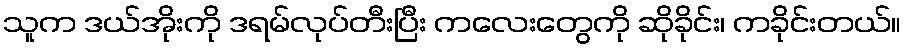
သူက ဒယ်အိုးကို ဒရမ်လုပ်တီးပြီး ကလေးတွေကို ဆိုခိုင်း၊ ကခိုင်းတယ်။